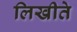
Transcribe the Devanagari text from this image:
लिखीते